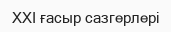
XXI ғасыр сазгерлері